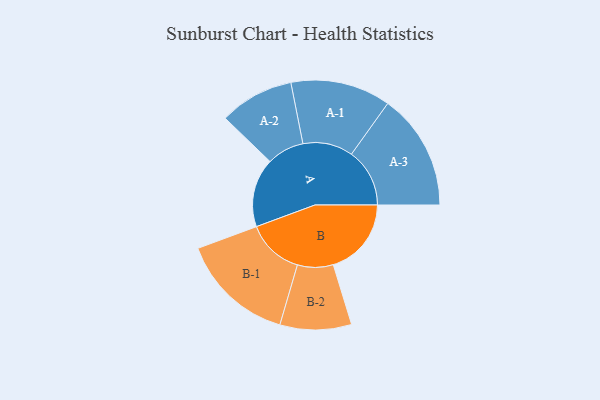
{"axis": {"x": "Segment", "y": "Value"}, "legend": ["", "A", "B"], "data": [{"x": "A", "y": 312, "type": ""}, {"x": "B", "y": 354, "type": ""}, {"x": "A-1", "y": 227, "type": "A"}, {"x": "A-2", "y": 169, "type": "A"}, {"x": "A-3", "y": 264, "type": "A"}, {"x": "B-1", "y": 259, "type": "B"}, {"x": "B-2", "y": 162, "type": "B"}]}